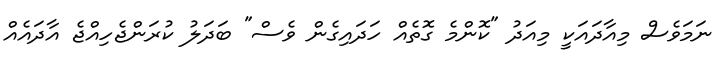
ނަމަވެސް މިއާދައަކީ މިއަދު "ކޮންމެ ގޮތެއް ހަދައިގެން ވެސް" ބަދަލު ކުރަންޖެހިއްޖެ އާދައެއް